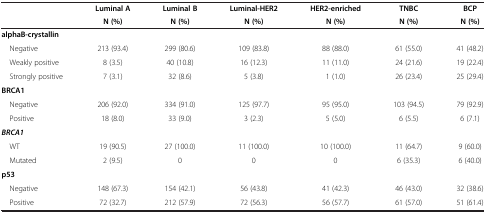
<table><thead><tr><td><b> </b></td><td><b>Luminal A</b></td><td><b>Luminal B</b></td><td><b>Luminal-HER2</b></td><td><b>HER2-enriched</b></td><td><b>TNBC</b></td><td><b>BCP</b></td></tr><tr><td><b> </b></td><td><b>N (%)</b></td><td><b>N (%)</b></td><td><b>N (%)</b></td><td><b>N (%)</b></td><td><b>N (%)</b></td><td><b>N (%)</b></td></tr></thead><tbody><tr><td><b>alphaB-crystallin</b></td><td> </td><td> </td><td> </td><td> </td><td> </td><td> </td></tr><tr><td> Negative</td><td>213 (93.4)</td><td>299 (80.6)</td><td>109 (83.8)</td><td>88 (88.0)</td><td>61 (55.0)</td><td>41 (48.2)</td></tr><tr><td> Weakly positive</td><td>8 (3.5)</td><td>40 (10.8)</td><td>16 (12.3)</td><td>11 (11.0)</td><td>24 (21.6)</td><td>19 (22.4)</td></tr><tr><td> Strongly positive</td><td>7 (3.1)</td><td>32 (8.6)</td><td>5 (3.8)</td><td>1 (1.0)</td><td>26 (23.4)</td><td>25 (29.4)</td></tr><tr><td><b>BRCA1</b></td><td> </td><td> </td><td> </td><td> </td><td> </td><td> </td></tr><tr><td> Negative</td><td>206 (92.0)</td><td>334 (91.0)</td><td>125 (97.7)</td><td>95 (95.0)</td><td>103 (94.5)</td><td>79 (92.9)</td></tr><tr><td> Positive</td><td>18 (8.0)</td><td>33 (9.0)</td><td>3 (2.3)</td><td>5 (5.0)</td><td>6 (5.5)</td><td>6 (7.1)</td></tr><tr><td><b><i>BRCA1</i></b></td><td> </td><td> </td><td> </td><td> </td><td> </td><td> </td></tr><tr><td> WT</td><td>19 (90.5)</td><td>27 (100.0)</td><td>11 (100.0)</td><td>10 (100.0)</td><td>11 (64.7)</td><td>9 (60.0)</td></tr><tr><td> Mutated</td><td>2 (9.5)</td><td>0</td><td>0</td><td>0</td><td>6 (35.3)</td><td>6 (40.0)</td></tr><tr><td><b>p53</b></td><td> </td><td> </td><td> </td><td> </td><td> </td><td> </td></tr><tr><td> Negative</td><td>148 (67.3)</td><td>154 (42.1)</td><td>56 (43.8)</td><td>41 (42.3)</td><td>46 (43.0)</td><td>32 (38.6)</td></tr><tr><td> Positive</td><td>72 (32.7)</td><td>212 (57.9)</td><td>72 (56.3)</td><td>56 (57.7)</td><td>61 (57.0)</td><td>51 (61.4)</td></tr></tbody></table>